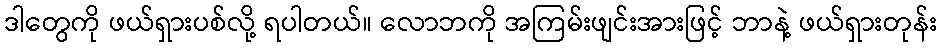
ဒါတွေကို ဖယ်ရှားပစ်လို့ ရပါတယ်။ လောဘကို အကြမ်းဖျင်းအားဖြင့် ဘာနဲ့ ဖယ်ရှားတုန်း